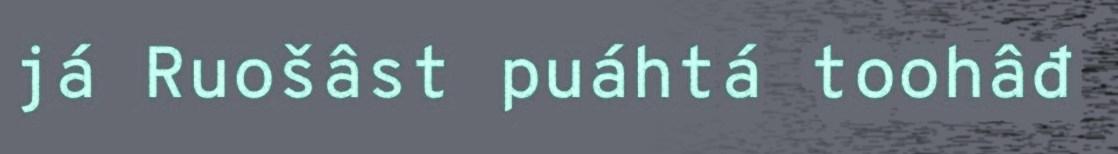
já Ruošâst puáhtá toohâđ